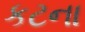
કટના